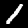
Digit: 1